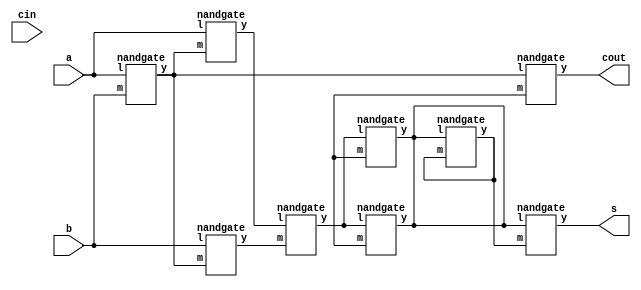
/* Generated by Yosys 0.18+40 (git sha1 42721b6a1, clang 10.0.0-4ubuntu1 -fPIC -Os) */

module fulladder1(a, b, cin, s, cout);
  wire _0_;
  wire _1_;
  wire _2_;
  wire _3_;
  wire _4_;
  wire _5_;
  wire _6_;
  wire _7_;
  wire _8_;
  wire _9_;
  input a;
  wire a;
  input b;
  wire b;
  input cin;
  wire cin;
  output cout;
  wire cout;
  output s;
  wire s;
  wire t1;
  wire t2;
  wire t3;
  wire t4;
  wire t5;
  wire t6;
  wire t7;
  wire \y1:77 ;
  wire \y2:80 ;
  wire \y3:83 ;
  wire \y4:86 ;
  wire \y5:89 ;
  wire \y6:92 ;
  wire \y7:95 ;
  wire \y8:98 ;
  wire \y9:101 ;
  nandgate y1 (
    .l(a),
    .m(b),
    .y(_0_)
  );
  nandgate y2 (
    .l(a),
    .m(t1),
    .y(_1_)
  );
  nandgate y3 (
    .l(b),
    .m(t1),
    .y(_2_)
  );
  nandgate y4 (
    .l(t2),
    .m(t3),
    .y(_3_)
  );
  nandgate y5 (
    .l(t4),
    .m(t5),
    .y(_4_)
  );
  nandgate y6 (
    .l(t4),
    .m(t5),
    .y(_5_)
  );
  nandgate y7 (
    .l(t6),
    .m(t7),
    .y(_6_)
  );
  nandgate y8 (
    .l(t6),
    .m(t7),
    .y(_7_)
  );
  nandgate y9 (
    .l(t1),
    .m(t5),
    .y(_8_)
  );
  assign t1 = \y1:77 ;
  assign t2 = \y2:80 ;
  assign t3 = \y3:83 ;
  assign t4 = \y4:86 ;
  assign t5 = 1'hx;
  assign t6 = _9_;
  assign t7 = \y7:95 ;
  assign \y1:77  = _0_;
  assign \y2:80  = _1_;
  assign \y3:83  = _2_;
  assign \y4:86  = _3_;
  assign \y5:89  = _4_;
  assign \y6:92  = _5_;
  assign \y7:95  = _6_;
  assign \y8:98  = _7_;
  assign \y9:101  = _8_;
  assign _9_ = \y5:89 ;
  assign _9_ = \y6:92 ;
  assign s = \y8:98 ;
  assign cout = \y9:101 ;
endmodule

module nandgate(l, m, y);
  wire _0_;
  wire _1_;
  input l;
  wire l;
  input m;
  wire m;
  output y;
  wire y;
  assign _1_ = l & m;
  assign _0_ = ~ _1_;
  assign y = _0_;
endmodule

module rc_adder(A, B, CIN, S, COUT);
  wire _00_;
  wire _01_;
  wire _02_;
  wire _03_;
  wire _04_;
  wire _05_;
  wire _06_;
  wire _07_;
  wire _08_;
  wire _09_;
  wire _10_;
  wire _11_;
  wire _12_;
  wire _13_;
  wire _14_;
  wire _15_;
  input [7:0] A;
  wire [7:0] A;
  input [7:0] B;
  wire [7:0] B;
  input CIN;
  wire CIN;
  output COUT;
  wire COUT;
  output [7:0] S;
  wire [7:0] S;
  wire [6:0] c;
  wire \u1:4 ;
  wire \u1:5 ;
  wire \u2:1.u3:13 ;
  wire \u2:1.u3:14 ;
  wire \u2:2.u3:22 ;
  wire \u2:2.u3:23 ;
  wire \u2:3.u3:31 ;
  wire \u2:3.u3:32 ;
  wire \u2:4.u3:40 ;
  wire \u2:4.u3:41 ;
  wire \u2:5.u3:49 ;
  wire \u2:5.u3:50 ;
  wire \u2:6.u3:58 ;
  wire \u2:6.u3:59 ;
  wire \u4:67 ;
  wire \u4:68 ;
  fulladder1 u1 (
    .a(A[0]),
    .b(B[0]),
    .cin(CIN),
    .cout(_08_),
    .s(_00_)
  );
  fulladder1 \u2:1.u3  (
    .a(A[1]),
    .b(B[1]),
    .cin(c[0]),
    .cout(_10_),
    .s(_09_)
  );
  fulladder1 \u2:2.u3  (
    .a(A[2]),
    .b(B[2]),
    .cin(c[1]),
    .cout(_12_),
    .s(_11_)
  );
  fulladder1 \u2:3.u3  (
    .a(A[3]),
    .b(B[3]),
    .cin(c[2]),
    .cout(_14_),
    .s(_13_)
  );
  fulladder1 \u2:4.u3  (
    .a(A[4]),
    .b(B[4]),
    .cin(c[3]),
    .cout(_01_),
    .s(_15_)
  );
  fulladder1 \u2:5.u3  (
    .a(A[5]),
    .b(B[5]),
    .cin(c[4]),
    .cout(_03_),
    .s(_02_)
  );
  fulladder1 \u2:6.u3  (
    .a(A[6]),
    .b(B[6]),
    .cin(c[5]),
    .cout(_05_),
    .s(_04_)
  );
  fulladder1 u4 (
    .a(A[7]),
    .b(B[7]),
    .cin(c[6]),
    .cout(_07_),
    .s(_06_)
  );
  assign c = { \u2:6.u3:59 , \u2:5.u3:50 , \u2:4.u3:41 , \u2:3.u3:32 , \u2:2.u3:23 , \u2:1.u3:14 , \u1:5  };
  assign \u1:4  = _00_;
  assign \u1:5  = _08_;
  assign \u2:1.u3:13  = _09_;
  assign \u2:1.u3:14  = _10_;
  assign \u2:2.u3:22  = _11_;
  assign \u2:2.u3:23  = _12_;
  assign \u2:3.u3:31  = _13_;
  assign \u2:3.u3:32  = _14_;
  assign \u2:4.u3:40  = _15_;
  assign \u2:4.u3:41  = _01_;
  assign \u2:5.u3:49  = _02_;
  assign \u2:5.u3:50  = _03_;
  assign \u2:6.u3:58  = _04_;
  assign \u2:6.u3:59  = _05_;
  assign \u4:67  = _06_;
  assign \u4:68  = _07_;
  assign S = { \u4:67 , \u2:6.u3:58 , \u2:5.u3:49 , \u2:4.u3:40 , \u2:3.u3:31 , \u2:2.u3:22 , \u2:1.u3:13 , \u1:4  };
  assign COUT = \u4:68 ;
endmodule